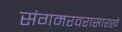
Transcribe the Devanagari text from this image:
संगमरवरासारखे